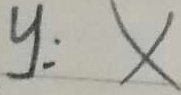
y : x